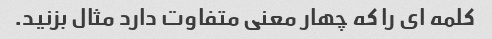
کلمه ای را که چهار معنی متفاوت دارد مثال بزنید.